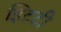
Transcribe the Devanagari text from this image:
इिटटी